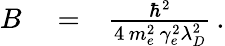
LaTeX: \begin{array}{rlr}{B}&{{}=}&{\frac{\hbar^{2}}{4\, m_{e}^{2}\, \gamma_{e}^{2}\lambda_{D}^{2}}\, .}\end{array}